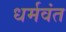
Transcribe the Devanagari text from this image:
धर्मवंत